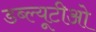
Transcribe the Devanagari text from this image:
डब्‍ल्‍यूटीओ